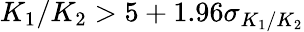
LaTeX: K_{1}/K_{2}>5+1.96\sigma_{K_{1}/K_{2}}